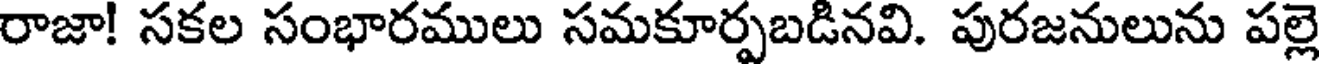
రాజా! సకల సంభారములు సమకూర్పబడినవి. పురజనులును పల్లె